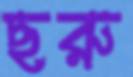
ছরু